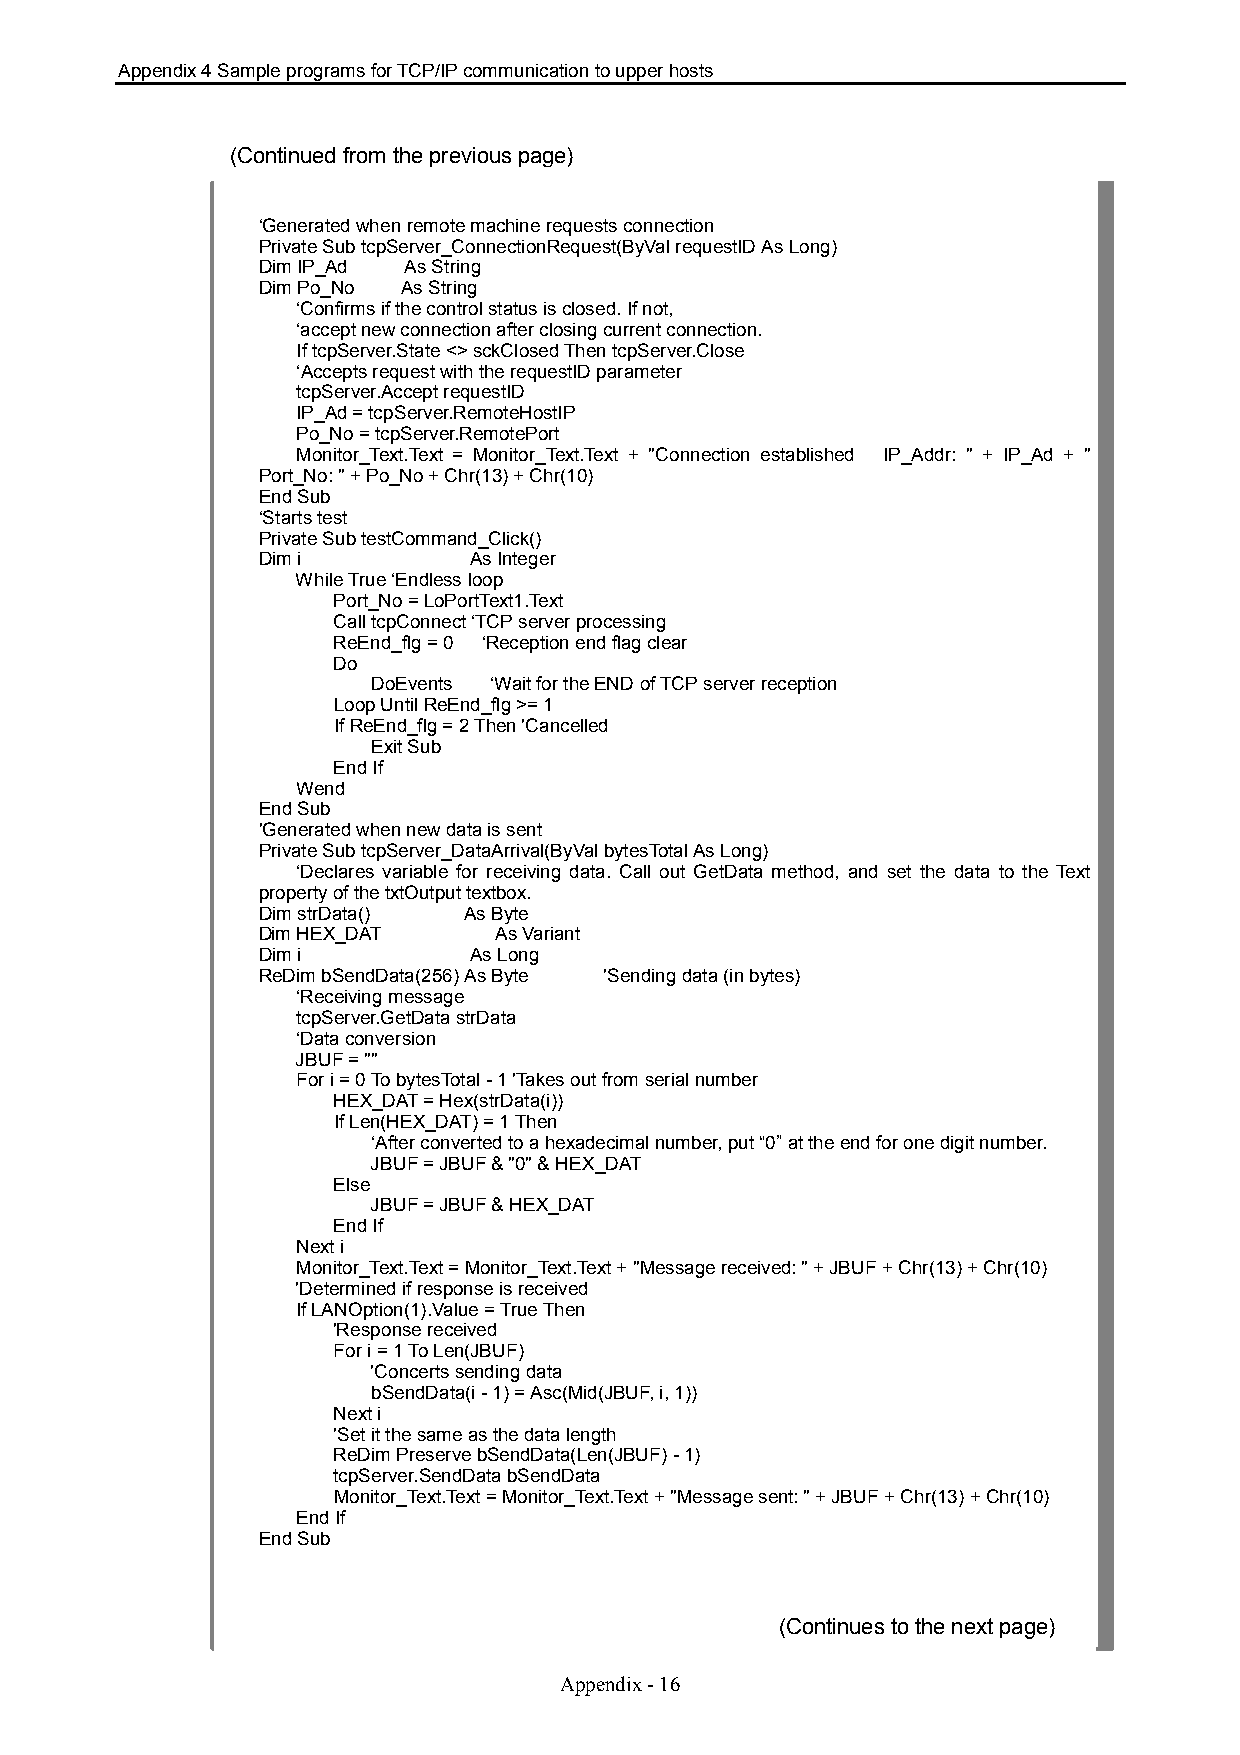
Appendix 4 Sample programs for TCP/IP communication to upper hosts
 (Continued from the previous page)
 ‘Generated when remote machine requests connection
 Private Sub tcpServer_ConnectionRequest(ByVal requestID As Long)
 Dim IP_Ad As String
 Dim Po_No As String
 ‘Confirms if the control status is closed. If not,
 ‘accept new connection after closing current connection.
 If tcpServer.State <> sckClosed Then tcpServer.Close
 ‘Accepts request with the requestID parameter
 tcpServer.Accept requestID
 IP_Ad = tcpServer.RemoteHostIP
 Po_No = tcpServer.RemotePort
 Monitor_Text.Text = Monitor_Text.Text + "Connection established IP_Addr: " + IP_Ad + "
 Port_No: " + Po_No + Chr(13) + Chr(10)
 End Sub
 ‘Starts test
 Private Sub testCommand_Click()
 Dim i         As Integer
 While True ‘Endless loop
 Port_No = LoPortText1.Text
 Call tcpConnect ‘TCP server processing
 ReEnd_flg = 0 ‘Reception end flag clear
 Do
 DoEvents ‘Wait for the END of TCP server reception
 Loop Until ReEnd_flg >= 1
 If ReEnd_flg = 2 Then 'Cancelled
 Exit Sub
 End If
 Wend
 End Sub
 'Generated when new data is sent
 Private Sub tcpServer_DataArrival(ByVal bytesTotal As Long)
 ‘Declares variable for receiving data. Call out GetData method, and set the data to the Text
 property of the txtOutput textbox.
 Dim strData() As Byte
 Dim HEX_DAT     As Variant
 Dim i         As Long
 ReDim bSendData(256) As Byte 'Sending data (in bytes)
 ‘Receiving message
 tcpServer.GetData strData
 ‘Data conversion
 JBUF = ""
 For i = 0 To bytesTotal - 1 'Takes out from serial number
 HEX_DAT = Hex(strData(i))
 If Len(HEX_DAT) = 1 Then
 ‘After converted to a hexadecimal number, put “0” at the end for one digit number.
 JBUF = JBUF & "0" & HEX_DAT
 Else
 JBUF = JBUF & HEX_DAT
 End If
 Next i
 Monitor_Text.Text = Monitor_Text.Text + "Message received: " + JBUF + Chr(13) + Chr(10)
 'Determined if response is received
 If LANOption(1).Value = True Then
 'Response received
 For i = 1 To Len(JBUF)
 'Concerts sending data
 bSendData(i - 1) = Asc(Mid(JBUF, i, 1))
 Next i
 'Set it the same as the data length
 ReDim Preserve bSendData(Len(JBUF) - 1)
 tcpServer.SendData bSendData
 Monitor_Text.Text = Monitor_Text.Text + "Message sent: " + JBUF + Chr(13) + Chr(10)
 End If
 End Sub
 (Continues to the next page)
 Appendix - 16